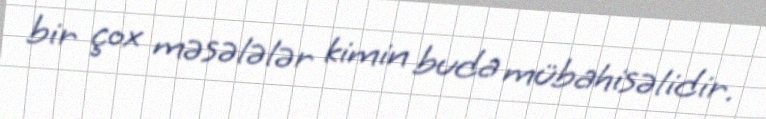
bir çox məsələlər kimin buda mübahisəlidir.